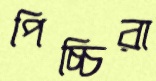
পিচ্চিরা